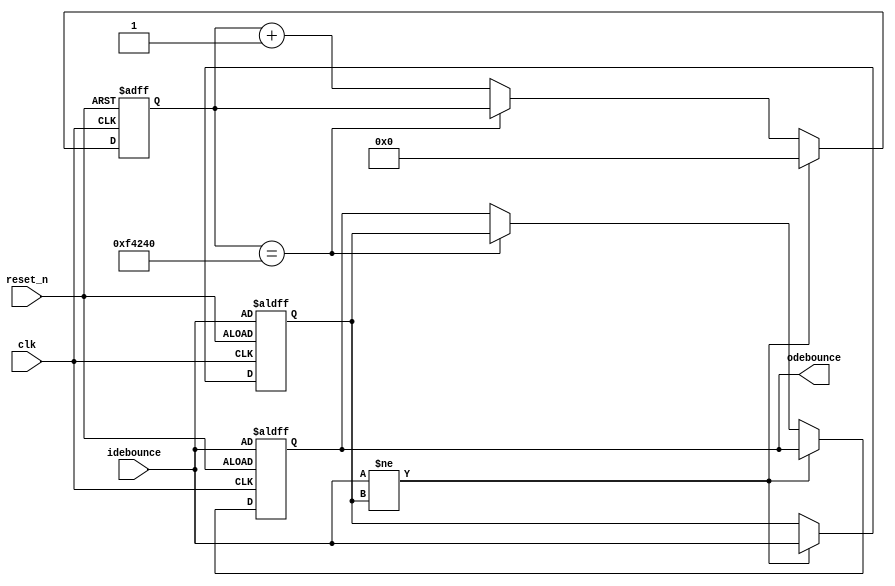
module debounce(
    input clk, 		
	 input reset_n, 
    input idebounce,
    output reg odebounce  
);

parameter NDELAY = 1000000;
parameter NBITS = 20;

reg [NBITS-1:0] count;
reg xnew;
	
always@(posedge clk or negedge reset_n)
begin
  if(!reset_n)
  begin
    xnew <= idebounce;
	 odebounce <= idebounce;
	 count <= 0;
  end
  else if(idebounce != xnew)
  begin
    xnew <= idebounce;
	 count <= 0;
  end
  else if(count == NDELAY)
    odebounce <= xnew;
  else
    count <= count+1;
end
endmodule